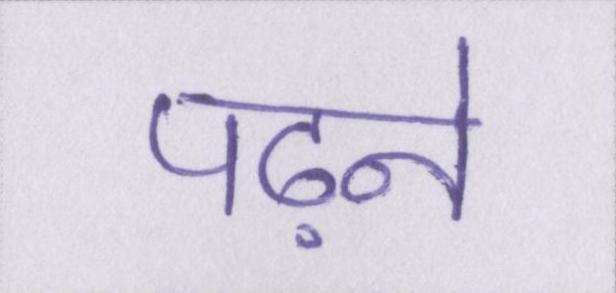
पढ़ने